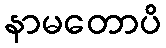
နာမတောပိ